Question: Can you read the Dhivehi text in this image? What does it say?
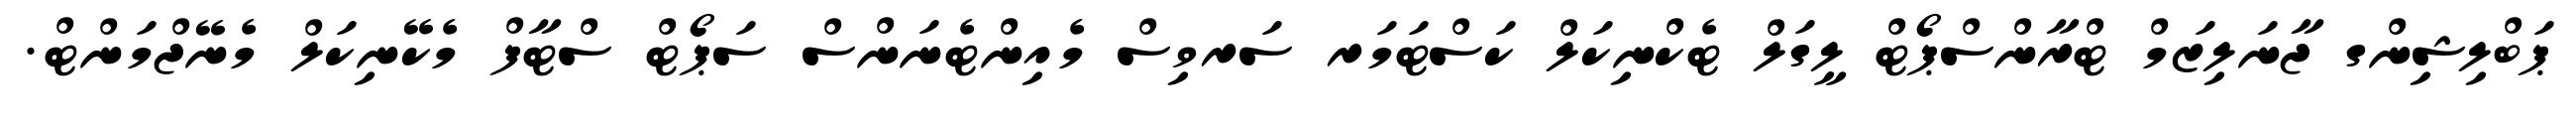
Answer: ޕަބްލިޝިންގ ޖާނަލިޒަމް ޓްރާންސްޕޯޓް ލީގަލް ޓެކްނިކަލް ކަސްޓަމަރ ސަރވިސް މެއިންޓެނަންސް ސަޕޯޓް ސްޓާފް މެކޭނިކަލް މެނޭޖްމަންޓް.